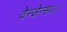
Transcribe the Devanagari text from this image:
वेन्जेन्स।।।